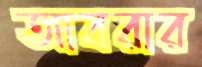
আবরার